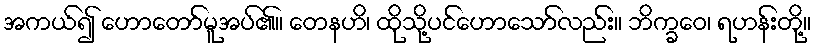
အကယ်၍ ဟောတော်မူအပ်၏။ တေနဟိ၊ ထိုသို့ပင်ဟောသော်လည်း။ ဘိက္ခဝေ၊ ရဟန်းတို့။